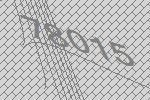
78015